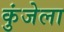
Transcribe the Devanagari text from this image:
कुंजेला